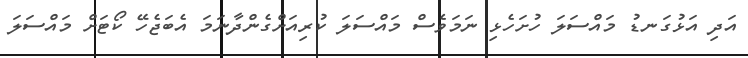
އަދި އަޅުގަނޑު މައްސަލަ ހުށަހެޅި ނަމަވެސް މައްސަލަ ކުރިއަށްގެންދާނަމަ އެބަޖެހޭ ކޯޓަށް މައްސަލަ